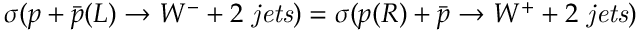
\sigma ( p + \bar { p } ( L ) \rightarrow W ^ { - } + 2 { \it ~ j e t s } ) = \sigma ( p ( R ) + \bar { p } \rightarrow W ^ { + } + 2 { \it ~ j e t s } )